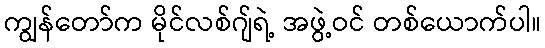
ကျွန်တော်က မိုင်လစ်ဂျ်ရဲ့ အဖွဲ့ဝင် တစ်ယောက်ပါ။